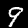
Label: 9